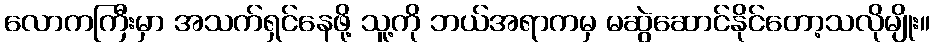
လောကကြီးမှာ အသက်ရှင်နေဖို့ သူ့ကို ဘယ်အရာကမှ မဆွဲဆောင်နိုင်တော့သလိုမျိုး။